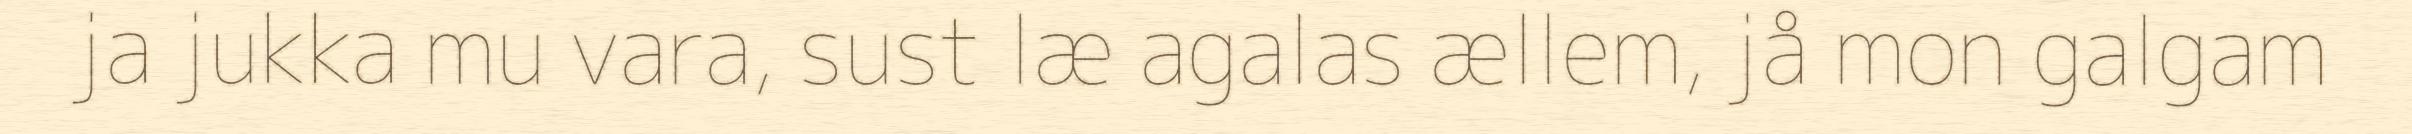
ja jukka mu vara, sust læ agalas ællem, jå mon galgam